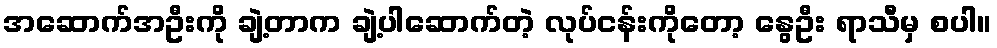
အဆောက်အဦးကို ချဲ့တာက ချဲ့ပါဆောက်တဲ့ လုပ်ငန်းကိုတော့ နွေဦး ရာသီမှ စပါ။